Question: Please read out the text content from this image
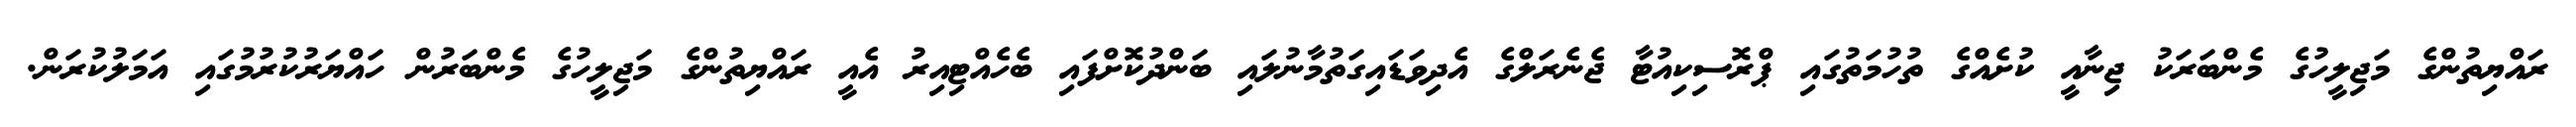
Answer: ރައްޔިތުންގެ މަޖިލީހުގެ މެންބަރަކު ޖިނާއީ ކުށެއްގެ ތުހުމަތުގައި ޕްރޮސިކިއުޓާ ޖެނެރަލްގެ އެދިވަޑައިގަތުމާނުލައި ބަންދުކޮށްފައި ބެހެއްޓިއިރު އެއީ ރައްޔިތުންގެ މަޖިލީހުގެ މެންބަރުން ހައްޔަރުކުރުމުގައި އަމަލުކުރަން.